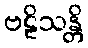
ဗဠိသန္တိ